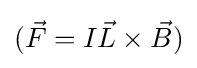
({\vec {F}}=I{\vec {L}}\times {\vec {B}})